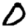
Digit: 0